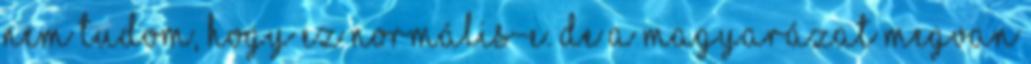
Nem tudom, hogy ez normális-e. de a magyarázat megvan